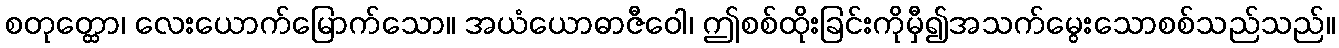
စတုတ္ထော၊ လေးယောက်မြောက်သော။ အယံယောဓာဇီဝေါ၊ ဤစစ်ထိုးခြင်းကိုမှီ၍အသက်မွေးသောစစ်သည်သည်။